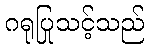
ဂရုပြုသင့်သည်